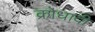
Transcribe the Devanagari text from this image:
क्रोधादी